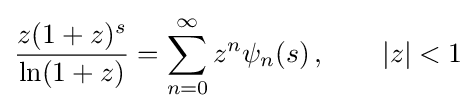
{\frac {z(1+z)^{s}}{\ln(1+z)}}=\sum _{n=0}^{\infty }z^{n}\psi _{n}(s)\,,\qquad |z|<1